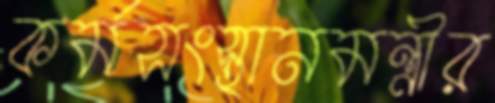
কর্মসংস্থানমন্ত্রীর